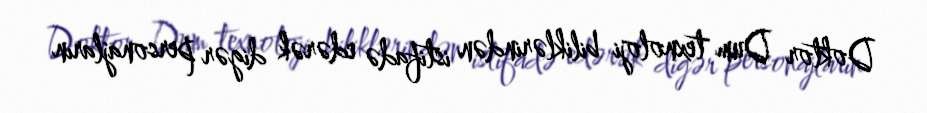
Doktor Dum texnoloji biliklərindən istifadə edərək digər personajların